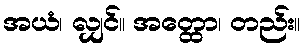
အယံ၊ လျှင်။ အတ္ထော၊ တည်း။